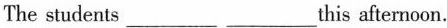
The students___ ___this afternoon.